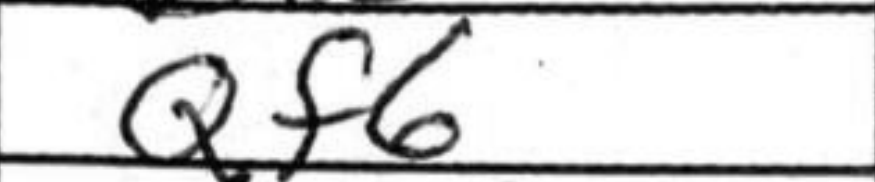
Transcription: Qf6